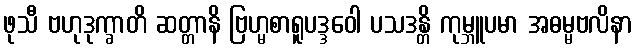
ဖုသီ ဗဟုဒုက္ခာတိ ဆတ္တာနိ ဗြဟ္မစာရူပဒ္ဒဝေါ ပသဒန္တိ ကုမ္ဘူပမာ အဓမ္မဗလိနာ